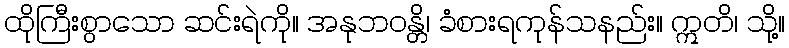
ထိုကြီးစွာသော ဆင်းရဲကို။ အနုဘဝန္တိ၊ ခံစားရကုန်သနည်း။ ဣတိ၊ သို့။